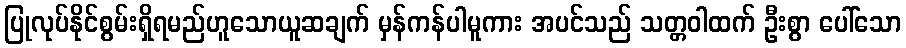
ပြုလုပ်နိုင်စွမ်းရှိရမည်ဟူသောယူဆချက် မှန်ကန်ပါမူကား အပင်သည် သတ္တဝါထက် ဦးစွာ ပေါ်သော